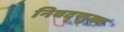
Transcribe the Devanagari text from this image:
निवद्णुका